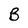
Character: B